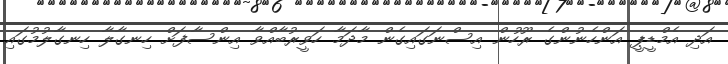
އަދި އެމްޑީޕީ އަންހެނުންގެ ރޫހުން އިސްނަގައިގެން މާދަމާ ހަވީރުބާއްވާ އިންސާފަށް ހިނގާލާ ހިނގާލުމުގައި